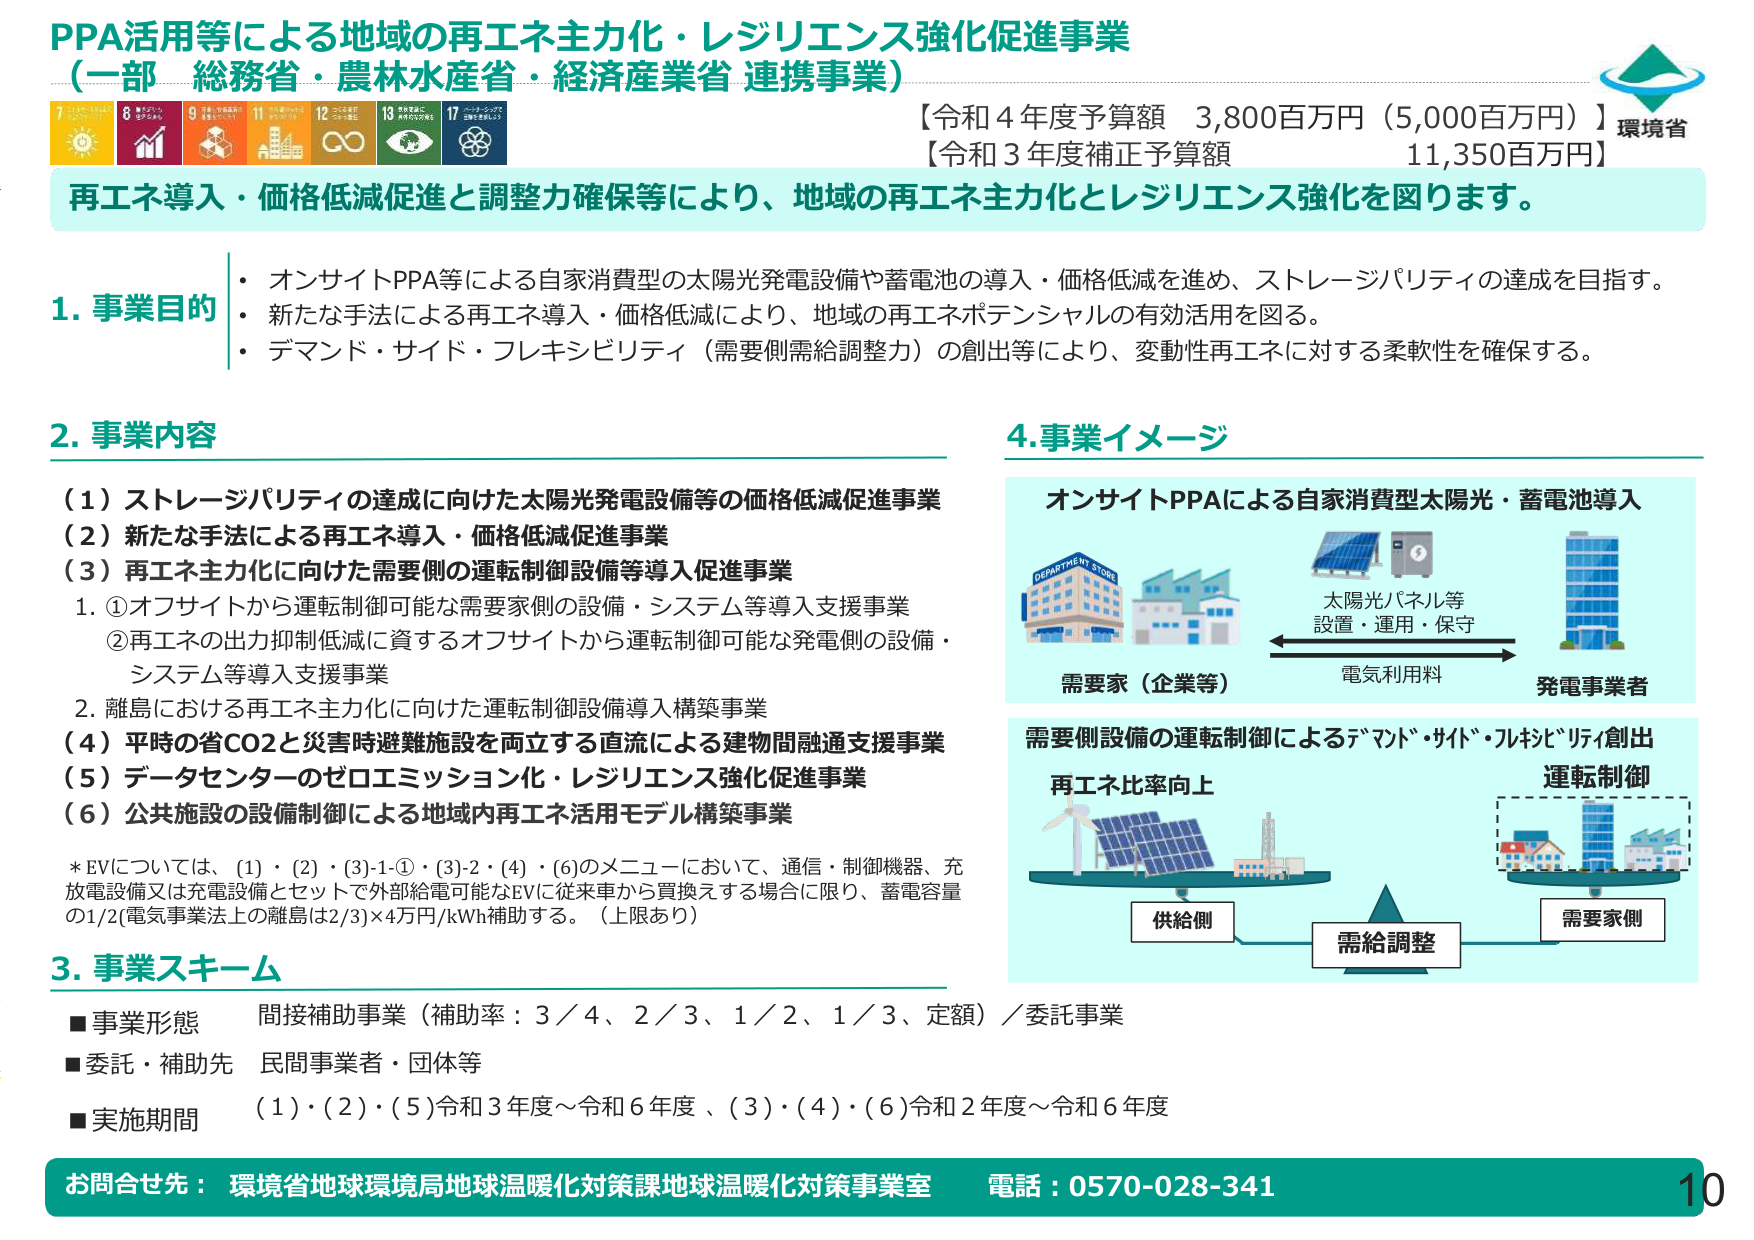
PPA活用等による地域の再エネ主力化・レジリエンス強化促進事業
（一部 総務省・農林水産省・経済産業省 連携事業）

【令和4年度予算額 3,800百万円（5,000百万円）】
【令和3年度補正予算額 11,350百万円】
環境省

再エネ導入・価格低減促進と調整力確保等により、地域の再エネ主力化とレジリエンス強化を図ります。

1. 事業目的
・ オンサイトPPA等による自家消費型の太陽光発電設備や蓄電池の導入・価格低減を進め、ストレージパリティの達成を目指す。
・ 新たな手法による再エネ導入・価格低減により、地域の再エネポテンシャルの有効活用を図る。
・ デマンド・サイド・フレキシビリティ（需要側需給調整力）の創出等により、変動性再エネに対する柔軟性を確保する。

2. 事業内容
（1）ストレージパリティの達成に向けた太陽光発電設備等の価格低減促進事業
（2）新たな手法による再エネ導入・価格低減促進事業
（3）再エネ主力化に向けた需要側の運転制御設備等導入促進事業
　1. ①オフサイトから運転制御可能な需要家側の設備・システム等導入支援事業
　　②再エネの出力抑制低減に資するオフサイトから運転制御可能な発電側の設備・
　　システム等導入支援事業
　2. 離島における再エネ主力化に向けた運転制御設備導入構築事業
（4）平時の省CO2と災害時避難施設を両立する直流による建物間融通支援事業
（5）データセンターのゼロエミッション化・レジリエンス強化促進事業
（6）公共施設の設備制御による地域内再エネ活用モデル構築事業

*EVについては、(1)・(2)・(3)-1-①・(3)-2・(4)・(6)のメニューにおいて、通信・制御機器、充
放電設備又は充電設備とセットで外部給電可能なEVに従来車から買換えする場合に限り、蓄電容量
の1/2(電気事業法上の離島は2/3)×4円/kWh補助する。（上限あり）

3. 事業スキーム
■事業形態　間接補助事業（補助率：3／4、2／3、1／2、1／3、定額）／委託事業
■委託・補助先　民間事業者・団体等
■実施期間　（1）・（2）・（5）令和3年度～令和6年度、（3）・（4）・（6）令和2年度～令和6年度

4. 事業イメージ
オンサイトPPAによる自家消費型太陽光・蓄電池導入
　　（図：DEPARTMENT STORE、建物、太陽光パネル、蓄電池、高層ビル）
　　太陽光パネル等
　　設置・運用・保守
　　電気利用料
　　需要家（企業等） ←→ 発電事業者

需要側設備の運転制御によるデマンド・サイド・フレキシビリティ創出
　　（図：風力発電、太陽光発電、建物、運転制御の枠内に建物）
　　再エネ比率向上
　　供給側
　　需給調整
　　需要家側
　　運転制御

お問合せ先：環境省地球環境局地球温暖化対策課地球温暖化対策事業室　電話：0570-028-341
10